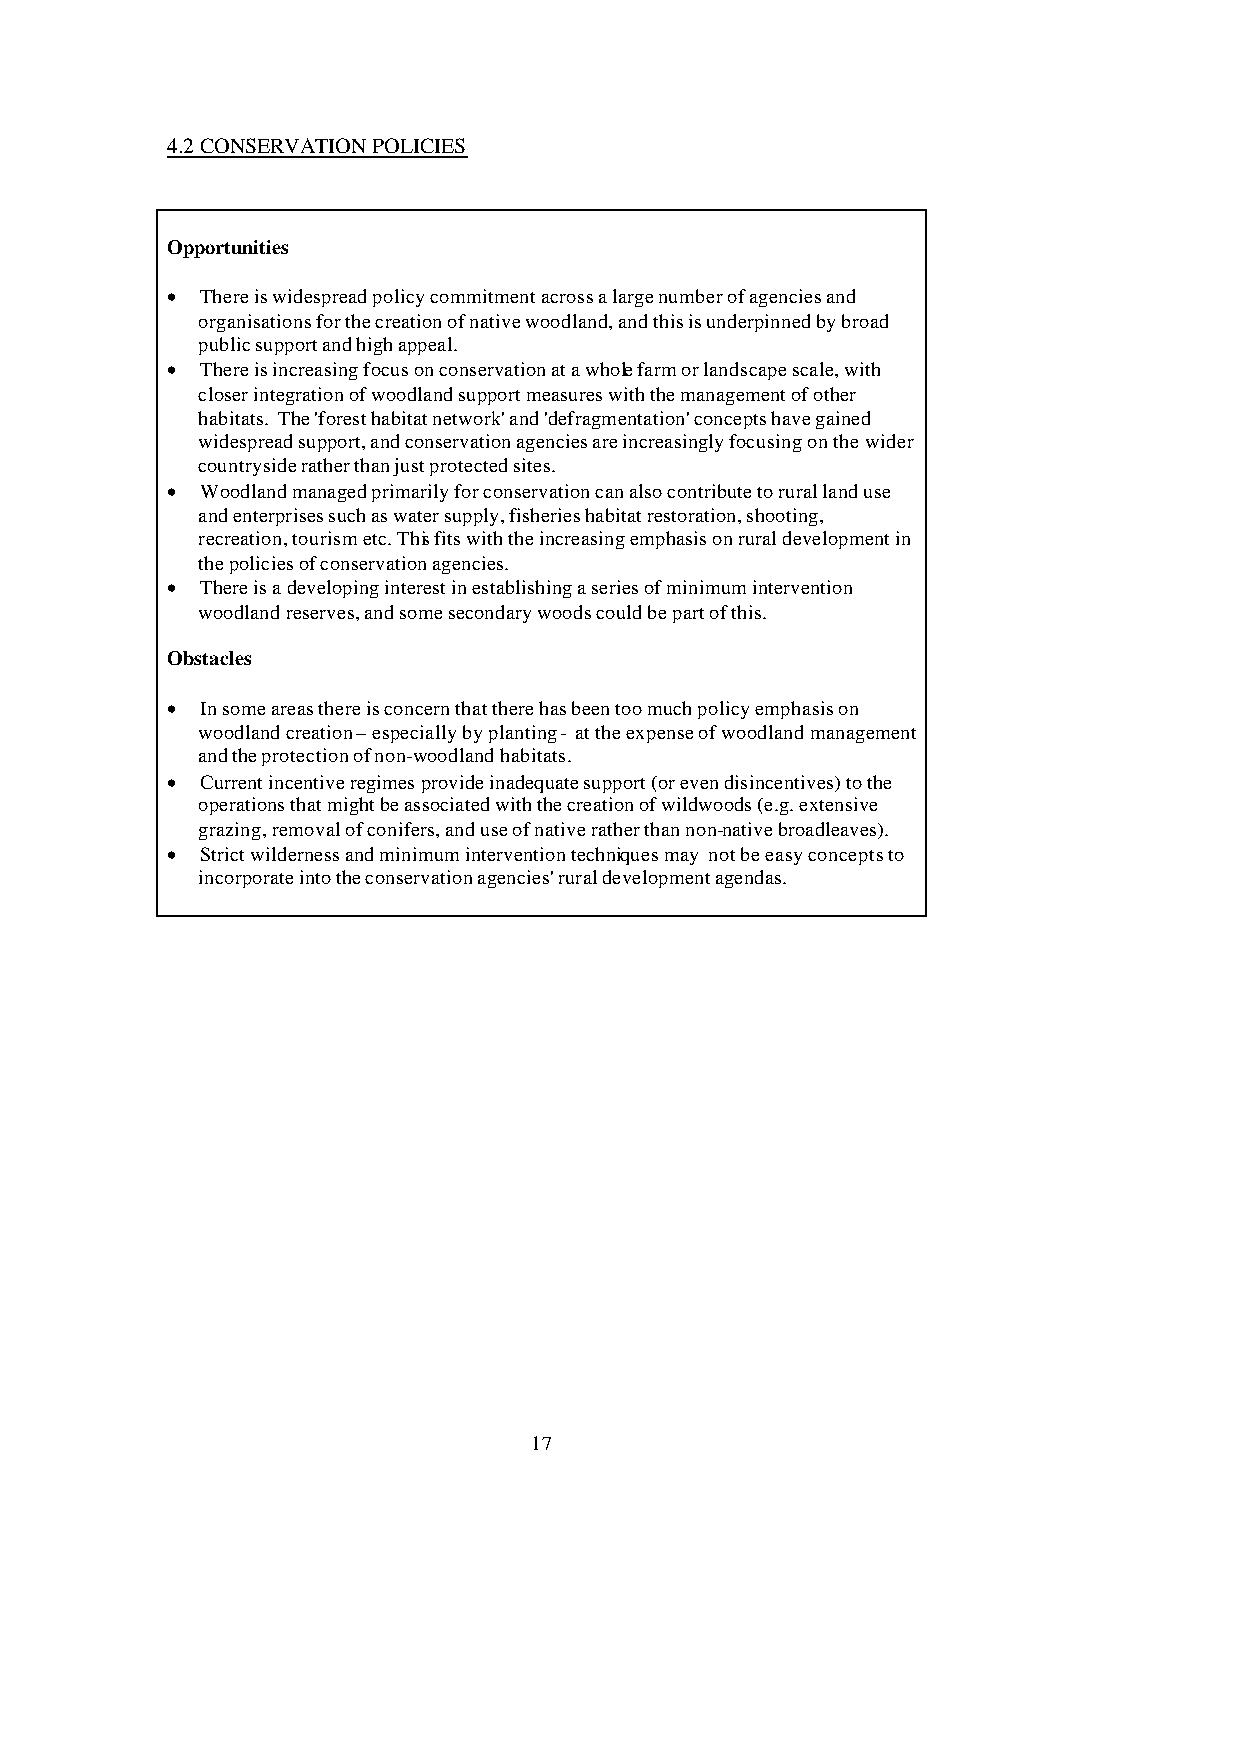
4.2 CONSERVATION POLICIES
 Opportunities
 • There is widespread policy commitment across a large number of agencies and
 organisations for the creation of native woodland, and this is underpinned by broad
 public support and high appeal.
 • There is increasing focus on conservation at a whole farm or landscape scale, with
 closer integration of woodland support measures with the management of other
 habitats. The 'forest habitat network' and 'defragmentation' concepts have gained
 widespread support, and conservation agencies are increasingly focusing on the wider
 countryside rather than just protected sites.
 • Woodland managed primarily for conservation can also contribute to rural land use
 and enterprises such as water supply, fisheries habitat restoration, shooting,
 recreation, tourism etc. This fits with the increasing emphasis on rural development in
 the policies of conservation agencies.
 • There is a developing interest in establishing a series of minimum intervention
 woodland reserves, and some secondary woods could be part of this.
 Obstacles
 • In some areas there is concern that there has been too much policy emphasis on
 woodland creation – especially by planting - at the expense of woodland management
 and the protection of non-woodland habitats.
 • Current incentive regimes provide inadequate support (or even disincentives) to the
 operations that might be associated with the creation of wildwoods (e.g. extensive
 grazing, removal of conifers, and use of native rather than non-native broadleaves).
 • Strict wilderness and minimum intervention techniques may not be easy concepts to
 incorporate into the conservation agencies' rural development agendas.
 17